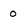
Character: 0